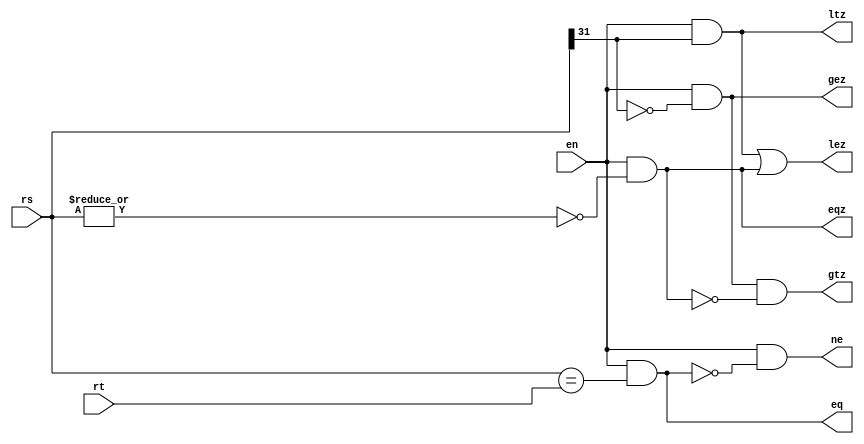
`define VAL 31
`define WIDTH 32
`define NUMREGS 32
`define LOG2NUMREGS 5
`define PC_WIDTH 30
`define I_DATAWIDTH 32
`define I_ADDRESSWIDTH 14
`define I_SIZE 16384
`define D_ADDRESSWIDTH 32
`define DM_DATAWIDTH 32
`define DM_BYTEENAWIDTH 4
`define DM_ADDRESSWIDTH 10
`define DM_SIZE 16384
`define     OP_SPECIAL       6'b000000
`define     OP_REGIMM        6'b000001
`define     OP_J             6'b000010
`define     OP_JAL           6'b000011
`define     OP_BEQ           6'b000100
`define     OP_BNE           6'b000101
`define     OP_BLEZ          6'b000110
`define     OP_BGTZ          6'b000111
`define     OP_ADDI          6'b001000
`define     OP_ADDIU         6'b001001
`define     OP_SLTI          6'b001010
`define     OP_SLTIU         6'b001011
`define     OP_ANDI          6'b001100
`define     OP_ORI           6'b001101
`define     OP_XORI          6'b001110
`define     OP_LUI           6'b001111
`define     OP_LB            6'b100000
`define     OP_LH            6'b100001
`define     OP_LWL           6'b100010
`define     OP_LW            6'b100011
`define     OP_LBU           6'b100100
`define     OP_LHU           6'b100101
`define     OP_LWR           6'b100110
`define     OP_SB            6'b101100
`define     OP_SH            6'b101101
`define     OP_SWL           6'b101010
`define     OP_SW            6'b101111
`define     OP_SWR           6'b101110
`define     FUNC_SLL         6'b000000
`define     FUNC_SRL         6'b000010
`define     FUNC_SRA         6'b000011
`define     FUNC_SLLV        6'b000100
`define     FUNC_SRLV        6'b000110
`define     FUNC_SRAV        6'b000111
`define     FUNC_JR          6'b001110
`define     FUNC_JALR        6'b001111
`define     FUNC_MFHI        6'b110100
`define     FUNC_MTHI        6'b110101
`define     FUNC_MFLO        6'b110110
`define     FUNC_MTLO        6'b110111
`define     FUNC_MULT        6'b111100
`define     FUNC_MULTU       6'b111101
`define     FUNC_DIV         6'b111110
`define     FUNC_DIVU        6'b111111
`define     FUNC_ADD         6'b100000
`define     FUNC_ADDU        6'b100001
`define     FUNC_SUB         6'b100010
`define     FUNC_SUBU        6'b100011
`define     FUNC_AND         6'b100100
`define     FUNC_OR          6'b100101
`define     FUNC_XOR         6'b100110
`define     FUNC_NOR         6'b100111
`define     FUNC_SLT         6'b101010
`define     FUNC_SLTU        6'b101011
`define     FUNC_BLTZ        1'b0
`define     FUNC_BGEZ        1'b1
`define     OP_COP2        6'b010010
`define     COP2_FUNC_CFC2      6'b111000
`define     COP2_FUNC_CTC2      6'b111010
`define     COP2_FUNC_MTC2      6'b111011
//`define     FUNC_BLTZAL      5'b10000
//`define     FUNC_BGEZAL      5'b10001
`define     FUNC_BLTZ        5'b00000
`define     FUNC_BGEZ        5'b00001
`define     FUNC_BLTZAL      5'b10000
`define     FUNC_BGEZAL      5'b10001
`define SIMULATION_MEMORY
//`define WIDTH 32
//`define WIDTH 32
//`define WIDTH 32
//`define WIDTH 32
//`define WIDTH 32
//`define WIDTH 32
//`define WIDTH 32
//`define WIDTH 32
//`define WIDTH 32
//`define WIDTH 32
//`define WIDTH 32
//`define WIDTH 32

module branchresolve ( 
	rt, 
	rs,
	en, 
	eqz,
	gez,
	gtz,
	lez,
	ltz,
	ne, 
	eq
);

//parameter WIDTH=32;

input en;
input [31:0] rs;
input [31:0] rt;
output eq;
output ne;
output ltz;
output lez;
output gtz;
output gez;
output eqz;

assign eq=(en)&(rs==rt);
assign ne=(en)&~eq;
assign eqz=(en)&~(|rs);
assign ltz=(en)&rs[31];
assign lez=(en)&rs[31] | eqz;
assign gtz=(en)&(~rs[31]) & ~eqz;
assign gez=(en)&(~rs[31]);

endmodule